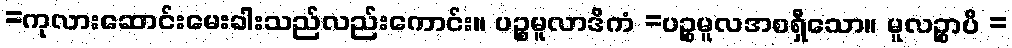
=ကုလားဆောင်းမေးခါးသည်လည်းကောင်း။ ပဉ္စမူလာဒိကံ =ပဉ္စမူလအစရှိသော။ မူလဉ္စာပိ =